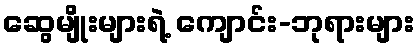
ဆွေမျိုးများရဲ့ ကျောင်း-ဘုရားများ